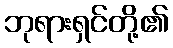
ဘုရားရှင်တို့၏